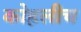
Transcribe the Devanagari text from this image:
कोहलीच